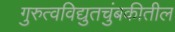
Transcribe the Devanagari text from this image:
गुरुत्वविद्युतचुंबकीतील